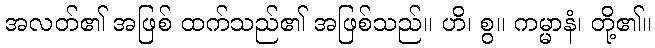
အလတ်၏ အဖြစ် ထက်သည်၏ အဖြစ်သည်။ ဟိ၊ စွ။ ကမ္မာနံ၊ တို့၏။